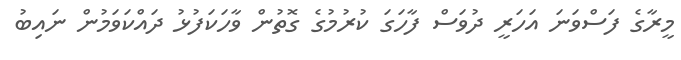
މީރާގެ ފަސްވަނަ އަހަރީ ދުވަސް ފާހަގަ ކުރުމުގެ ގޮތުން ވާހަކަފުޅު ދައްކަވަމުން ނައިބު